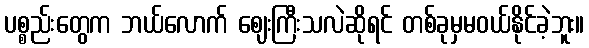
ပစ္စည်းတွေက ဘယ်လောက် ဈေးကြီးသလဲဆိုရင် တစ်ခုမှမဝယ်နိုင်ခဲ့ဘူး။